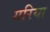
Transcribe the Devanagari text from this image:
गरिया